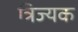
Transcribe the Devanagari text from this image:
त्रिज्यक